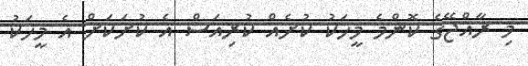
މި ރާއްޖޭގެ ކޮންމެ މީހަކު ކުށެއް ކުރިއަސް އެ ކުށަކަށް އެ މީހަކު